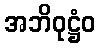
အဘိဝုဋ္ဌံဝ